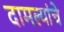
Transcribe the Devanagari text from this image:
दामल्यांचे